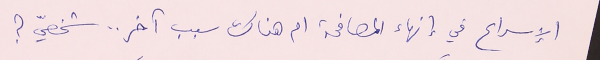
الإسراع في إنهاء المصافحة ام هناك سبب آخر .. شخصيّ؟